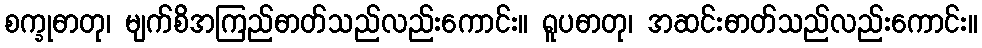
စက္ခုဓာတု၊ မျက်စိအကြည်ဓာတ်သည်လည်းကောင်း။ ရူပဓာတု၊ အဆင်းဓာတ်သည်လည်းကောင်း။